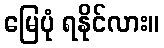
မြေပုံ ရနိုင်လား။